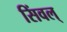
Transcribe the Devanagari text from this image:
सिंवल्